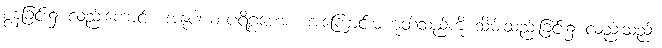
စွန့်ခြင်း၌ လည်းကောင်း။ အနုပါယာပရိဂ္ဂဟေစ၊ အကြောင်းမဟုတ်သည်ကို သိမ်းဆည်းခြင်း၌ လည်းသည်။